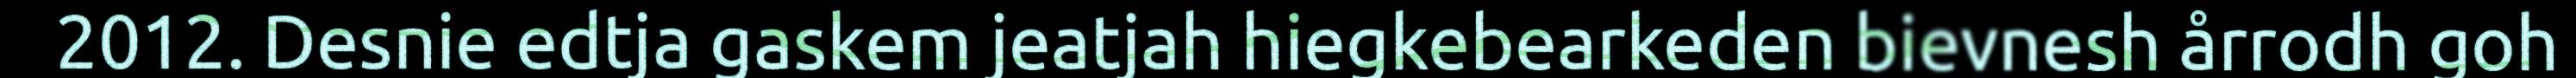
2012. Desnie edtja gaskem jeatjah hiegkebearkeden bievnesh årrodh goh